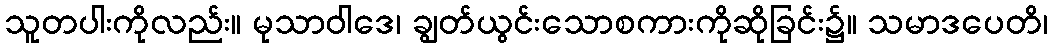
သူတပါးကိုလည်း။ မုသာဝါဒေ၊ ချွတ်ယွင်းသောစကားကိုဆိုခြင်း၌။ သမာဒပေတိ၊